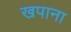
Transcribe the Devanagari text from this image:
खपाना